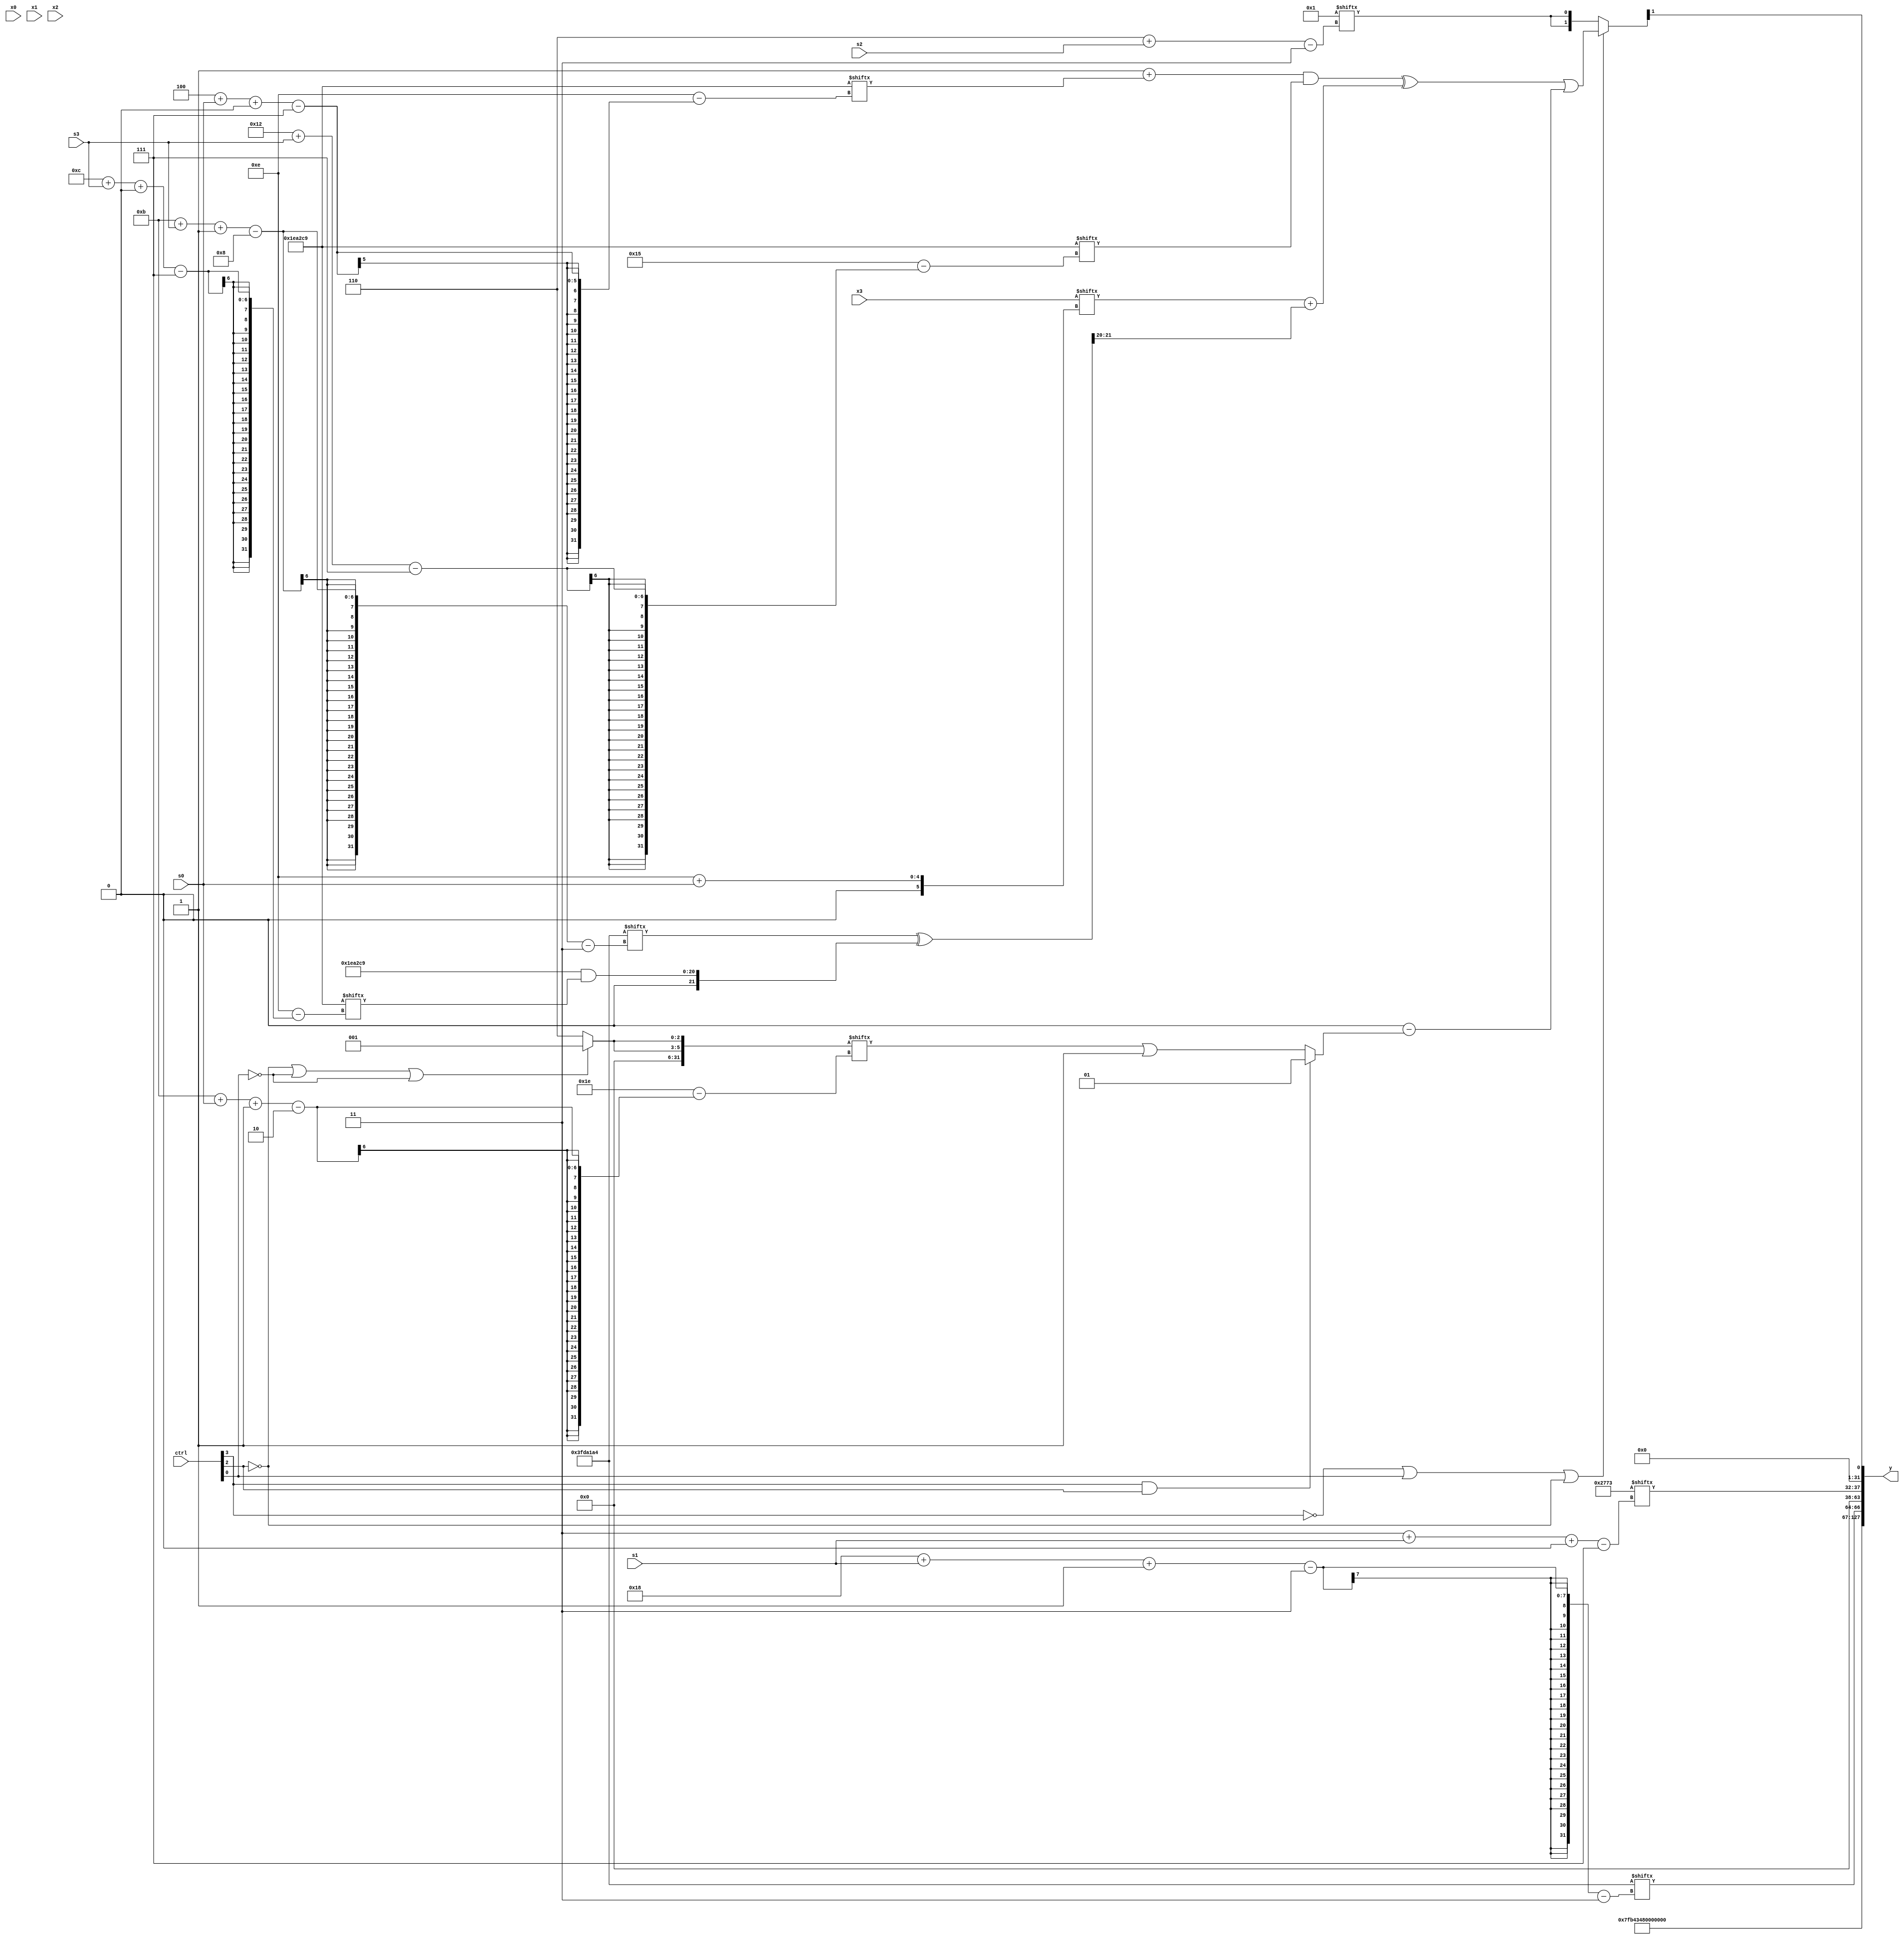
module partsel_00457(ctrl, s0, s1, s2, s3, x0, x1, x2, x3, y);
  input [3:0] ctrl;
  input [2:0] s0;
  input [2:0] s1;
  input [2:0] s2;
  input [2:0] s3;
  input signed [31:0] x0;
  input signed [31:0] x1;
  input [31:0] x2;
  input signed [31:0] x3;
  wire signed [28:0] x4;
  wire signed [29:3] x5;
  wire signed [27:5] x6;
  wire [29:2] x7;
  wire signed [0:31] x8;
  wire signed [1:27] x9;
  wire signed [25:2] x10;
  wire [24:3] x11;
  wire [24:7] x12;
  wire signed [1:24] x13;
  wire [2:25] x14;
  wire [0:24] x15;
  output [127:0] y;
  wire signed [31:0] y0;
  wire signed [31:0] y1;
  wire signed [31:0] y2;
  wire signed [31:0] y3;
  assign y = {y0,y1,y2,y3};
  localparam signed [0:27] p0 = 78660834;
  localparam [27:7] p1 = 56633203;
  localparam [7:28] p2 = 631153353;
  localparam [28:3] p3 = 603824548;
  assign x4 = p3[13 -: 1];
  assign x5 = p1[15 +: 1];
  assign x6 = (x4[18 + s3] ^ p2[17 -: 3]);
  assign x7 = (p3[11 + s3 -: 8] ^ ({2{p2}} & p2[12 + s3 +: 8]));
  assign x8 = {2{(!ctrl[2] || !ctrl[0] || !ctrl[0] ? p3[10] : p2[23 -: 3])}};
  assign x9 = {(!ctrl[3] || ctrl[0] || !ctrl[2] ? ((((x5 + p2[4 + s0 +: 8]) & p2[18 + s3]) ^ (x3[14 + s0] + x7[23 -: 2])) | (x4[19 -: 3] - (ctrl[3] && ctrl[3] && ctrl[2] ? x5 : (x8[11 + s0 -: 2] | p3[14 -: 4])))) : {2{x5[6 + s2]}}), p1[21 + s2 +: 3]};
  assign x10 = x8[17 -: 3];
  assign x11 = {(p0[12] & {x10, p3[22]}), p3[22 + s1 +: 6]};
  assign x12 = x10[17 + s0 +: 7];
  assign x13 = (ctrl[0] && !ctrl[3] || ctrl[0] ? {p2[22 -: 1], p3[21 -: 4]} : p2[16 -: 2]);
  assign x14 = (p3 - p0);
  assign x15 = (({2{{2{(!ctrl[2] || !ctrl[3] && ctrl[3] ? x11[3 + s0 -: 7] : x4)}}}} - (x14 ^ x9[13 +: 4])) & {2{{x14[12 + s2], (p3[10 + s1] + (x8 & p0[21]))}}});
  assign y0 = (x4 ^ p3);
  assign y1 = p3[24 + s1 -: 3];
  assign y2 = p1[3 + s1 +: 6];
  assign y3 = x9[23];
endmodule